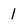
Character: 1